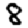
Digit: 8